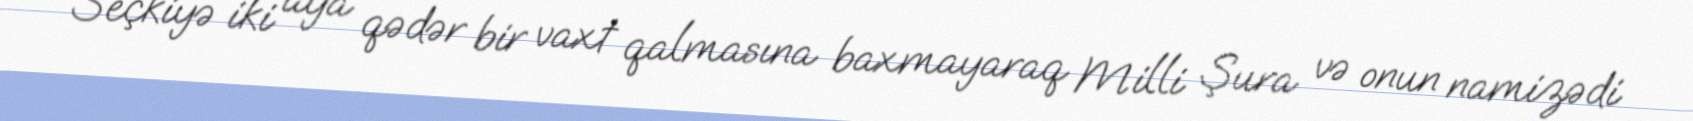
Seçkiyə iki aya qədər bir vaxt qalmasına baxmayaraq Milli Şura və onun namizədi